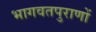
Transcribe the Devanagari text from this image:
भागवतपुराणों